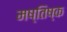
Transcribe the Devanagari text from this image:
मष्‍तिष्‍क